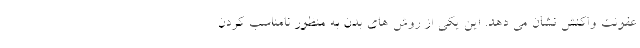
عفونت واکنش نشان می دهد. این یکی از روش های بدن به منظور نامناسب کردن